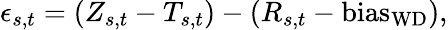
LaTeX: \epsilon_{s,t}=(Z_{s,t}-T_{s,t})-(R_{s,t}-\mathrm{bias_{WD}}),